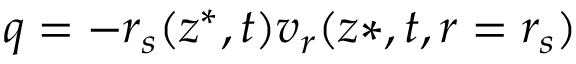
q = - r _ { s } ( z ^ { * } , t ) v _ { r } ( z * , t , r = r _ { s } )